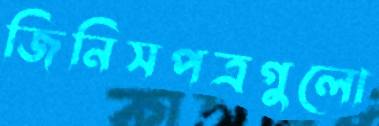
জিনিসপত্রগুলো